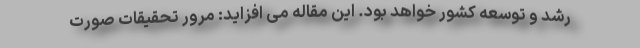
رشد و توسعه کشور خواهد بود. این مقاله می افزاید: مرور تحقیقات صورت